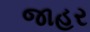
જાહર